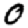
Digit: 0